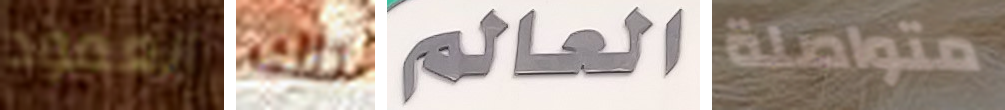
العمود تلك العالم متواصلة